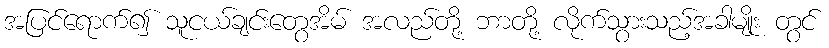
အပြင်ရောက်၍ သူငယ်ချင်းတွေအိမ် အလည်တို့ ဘာတို့ လိုက်သွားသည့်အခါမျိုး တွင်